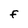
Character: F